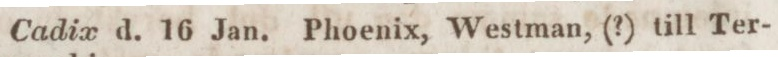
Cadix d. 16 Jan. Phoenix, Westman, (?) till Ter-